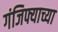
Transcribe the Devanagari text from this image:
गंजिफ्याच्या